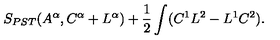
S _ { P S T } ( A ^ { \alpha } , C ^ { \alpha } + L ^ { \alpha } ) + { \frac { 1 } { 2 } } \int ( C ^ { 1 } L ^ { 2 } - L ^ { 1 } C ^ { 2 } ) .